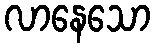
လာနေသော